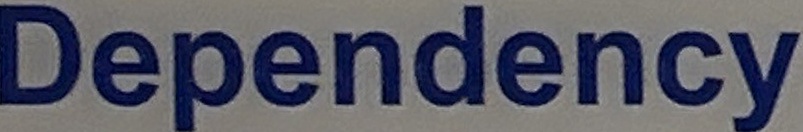
Dependency